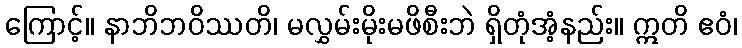
ကြောင့်။ နာဘိဘဝိဿတိ၊ မလွှမ်းမိုးမဖိစီးဘဲ ရှိတုံအံ့နည်း။ ဣတိ ဧဝံ၊